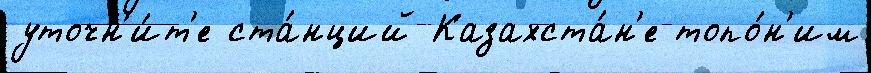
уточн'и́т'е ста́нций Казахста́н'е топо́н'им